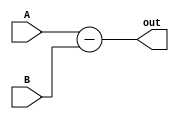
`timescale 1ns / 1ps
module sub(
    input [4:0] A, B,
    output reg [4:0] out);
always @(*) out = A-B;
endmodule